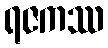
ရဇကဿ